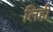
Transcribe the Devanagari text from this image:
लिही